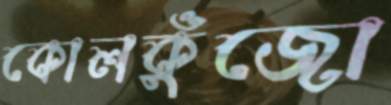
কোলকুুঁজো